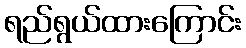
ရည်ရွယ်ထားကြောင်း